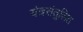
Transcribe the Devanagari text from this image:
यंत्रसंतुलित